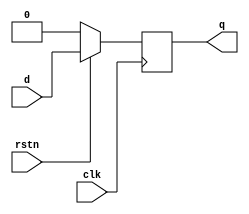
module dff ( input d,
            input clk,
            input rstn,
            output reg q);

    always @(posedge clk) begin
        if (!rstn)
            q<=0;
        else 
            q<=d;
    end

endmodule

module tb;

    reg d,clk,rstn;
    wire q;

    initial begin
        $monitor ("clock-%b, d-%b, rstn-%b, q-%b", clk, d, rstn, q);

        clk = 0;
        d = 1;
        rstn = 0;

        #2
        d=1;
        rstn = 1;
        #2
        d=0;
        rstn = 0;
        #2
        d=0;
        rstn = 1;
        
        #2 $finsh;
    end

    always begin
        #1 clk = !clk;        
    end

    dff dff_tb(.clk(clk),
               .d(d),
               .rstn(rstn),
               .q(q));
               
endmodule